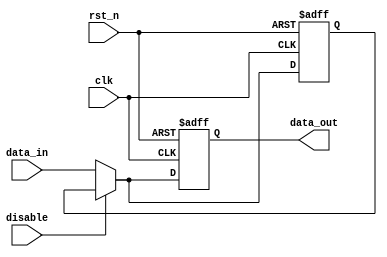
module Disable #(
    parameter WIDTH = 8,           // Width of the input/output data
    parameter DEFAULT_OUTPUT = 0   // Default output state when disabled
)(
    input wire clk,                // Clock signal
    input wire rst_n,              // Active low reset signal
    input wire disable,            // Control signal to disable the block
    input wire [WIDTH-1:0] data_in, // Input data
    output reg [WIDTH-1:0] data_out // Output data
);

    // Internal register to hold the last valid output
    reg [WIDTH-1:0] last_valid_output;

    always @(posedge clk or negedge rst_n) begin
        if (!rst_n) begin
            // Reset condition
            data_out <= DEFAULT_OUTPUT;
            last_valid_output <= DEFAULT_OUTPUT;
        end else if (disable) begin
            // Maintain the last valid output when disabled
            data_out <= last_valid_output;
        end else begin
            // Process input and update output when enabled
            data_out <= data_in;
            last_valid_output <= data_in; // Store the last valid output
        end
    end

endmodule